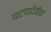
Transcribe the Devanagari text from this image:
पाटणादेवीचा